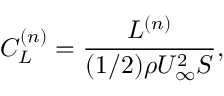
C _ { L } ^ { ( n ) } = \frac { L ^ { ( n ) } } { ( 1 / 2 ) \rho U _ { \infty } ^ { 2 } S } ,